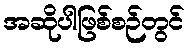
အဆိုပါဖြစ်စဉ်တွင်